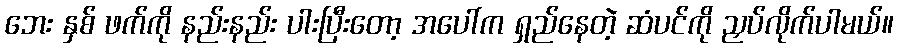
ဘေး နှစ် ဖက်ကို နည်းနည်း ပါးပြီးတော့ အပေါ်က ရှည်နေတဲ့ ဆံပင်ကို ညှပ်လိုက်ပါမယ်။